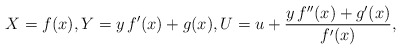
\begin{align*}X=f(x),Y=y\, f^\prime(x) + g(x),U=u+\frac{y\, f^{\prime\prime}(x)+g^\prime(x)}{f^\prime(x)},\end{align*}